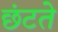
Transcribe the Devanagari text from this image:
छंटते